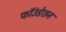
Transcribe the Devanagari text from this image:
फॉउंडेशन